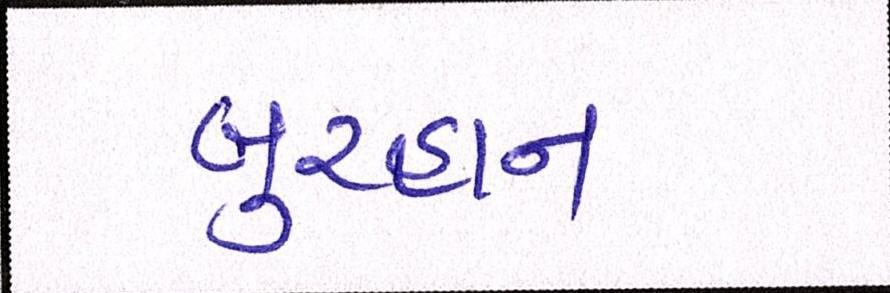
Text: બુરહાન